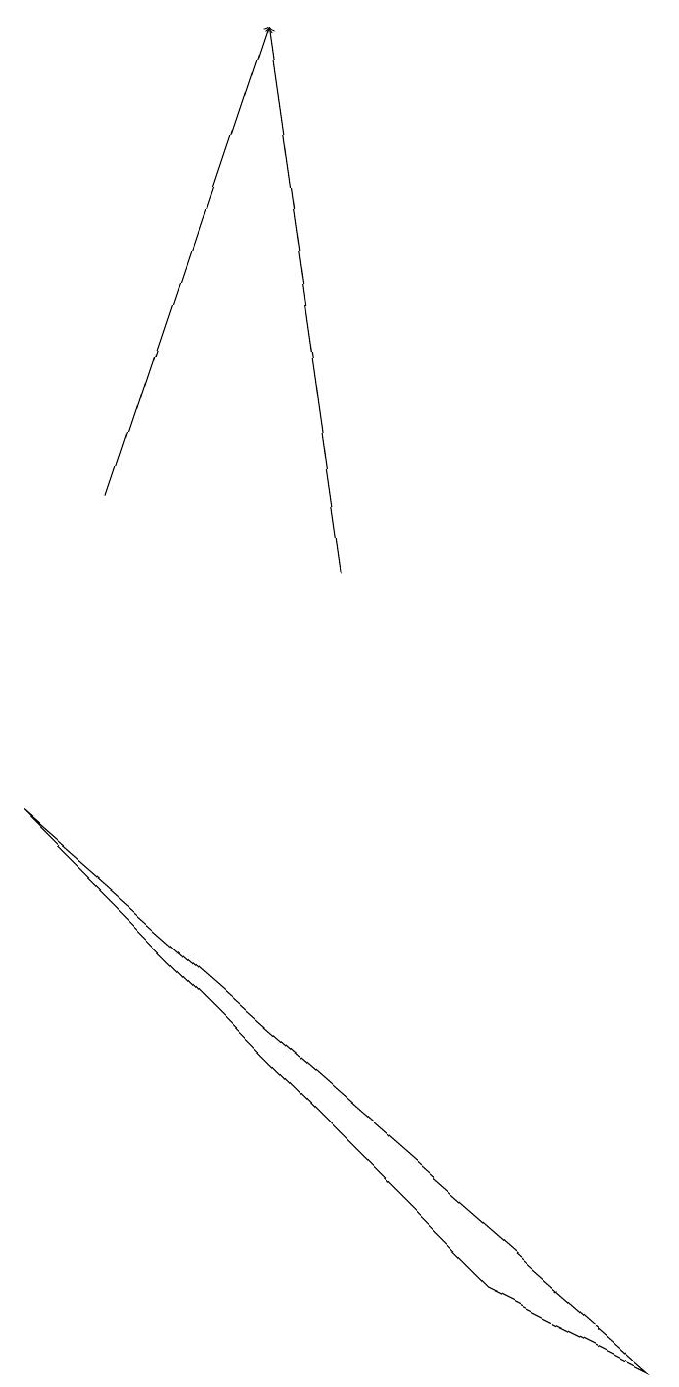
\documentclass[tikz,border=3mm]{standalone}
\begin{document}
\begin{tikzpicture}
\draw[->] (2,12) -- (4,18);
\draw (9,1) -- (7,2) -- (1,8) -- cycle;
\draw[->] (5,11) -- (4,18);
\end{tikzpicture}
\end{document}